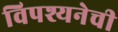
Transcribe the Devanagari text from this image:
विपश्यनेची